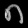
Digit: ၈